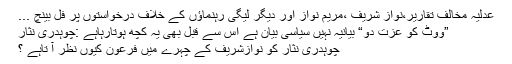
عدلیہ مخالف تقاریر،نواز شریف ،مریم نواز اور دیگر لیگی رہنماﺅں کے خلاف درخواستوں پر فل بینچ ...
”ووٹ کو عزت دو“ بیانیہ نہیں سیاسی بیان ہے اس سے قبل بھی یہ کچھ ہوتارہاہے :چوہدری نثار
چوہدری نثار کو نوازشریف کے چہرے میں فرعون کیوں نظر آ تاہے ؟